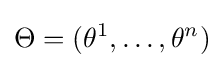
\Theta =(\theta ^{1},\dots ,\theta ^{n})